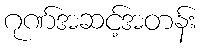
ဂုဏ်အဆင့်အတန်း